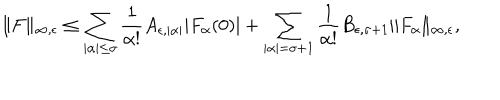
\| F \| _ { \infty , \epsilon } \leq \sum _ { | \alpha | \leq \sigma } \frac { 1 } { \alpha ! } A _ { \epsilon , | \alpha | } | F _ { \alpha } ( 0 ) | + \sum _ { | \alpha | = \sigma + 1 } \frac { 1 } { \alpha ! } B _ { \epsilon , \sigma + 1 } \| F _ { \alpha } \| _ { \infty , \epsilon } ,